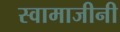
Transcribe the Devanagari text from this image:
स्वामाजीनी